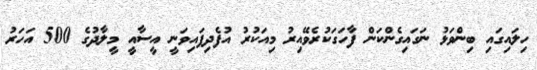
ހިލައިގައި ބިންވަޅު ނަގައިގެންކަން ފާހަގަކުރެވޭއިރު މިއަކުރު އުފެދިފައިވަނީ އީސާއީ މީލާދުގެ 500 އަހަރު